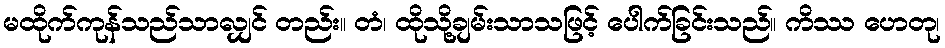
မထိုက်ကုန်သည်သာလျှင် တည်း။ တံ၊ ထိုသို့ချမ်းသာသဖြင့် ပေါက်ခြင်းသည်။ ကိဿ ဟေတု၊